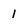
Character: 1